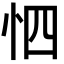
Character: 怬